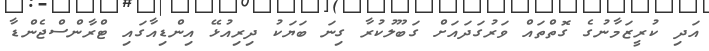
އަދި ކުރީޒަމާނުގެ ގޮތްތައް ވަރުގަދައަށް ގަބޫލުކުރާ ގިނަ ބަޔަކު ދިރިއުޅޭ އިންޑިއާގައި ޓްރާންސްޖެންޑާ